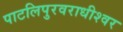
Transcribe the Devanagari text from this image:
पाटलिपुरवराधीश्वर